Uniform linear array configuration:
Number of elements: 12
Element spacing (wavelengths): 0.25
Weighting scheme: kaiser
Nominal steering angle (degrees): -60
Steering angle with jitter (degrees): -58.567
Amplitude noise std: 0.05
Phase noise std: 0.05

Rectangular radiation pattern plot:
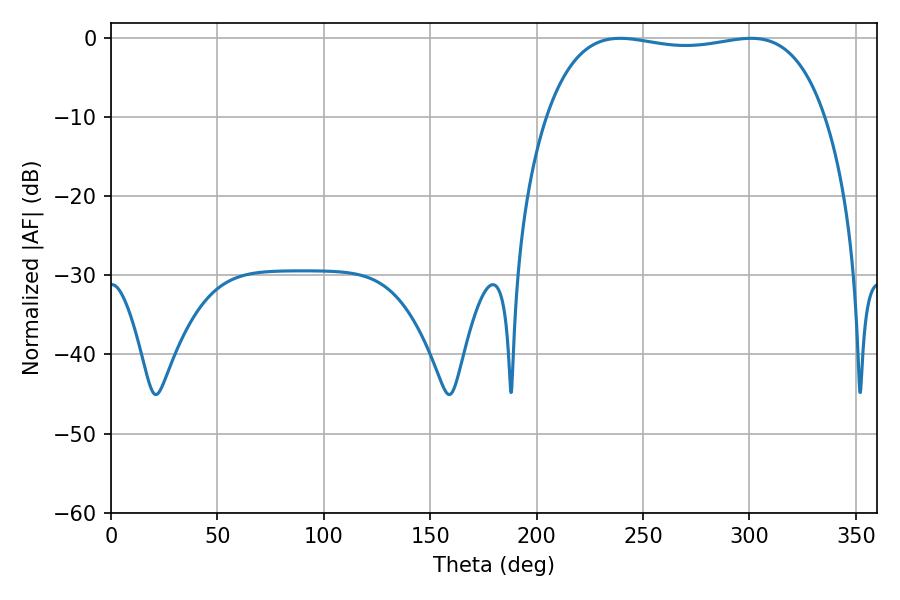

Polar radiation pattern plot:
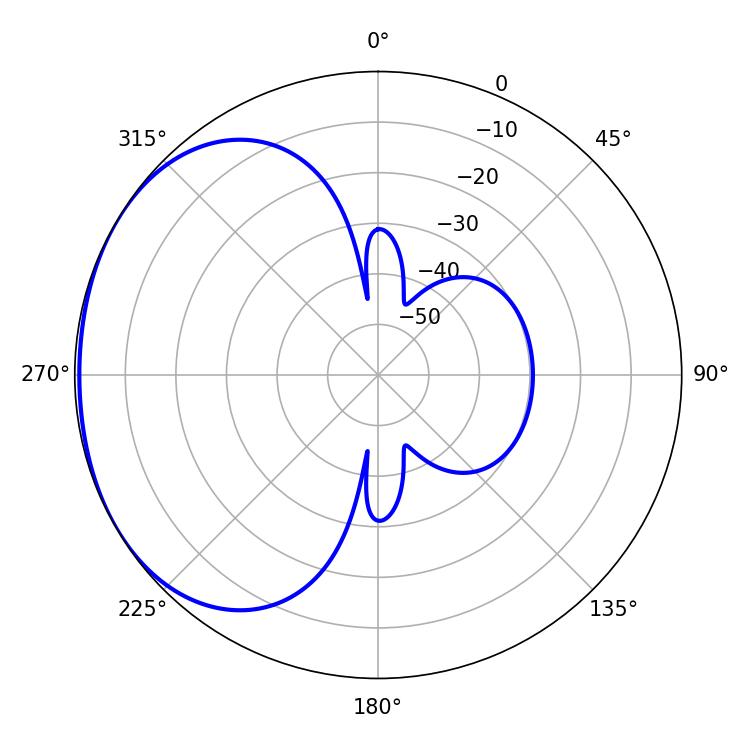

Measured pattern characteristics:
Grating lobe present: FALSE
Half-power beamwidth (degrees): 105.12
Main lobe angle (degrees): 239.22